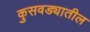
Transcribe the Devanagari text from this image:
कुसवड्यातील